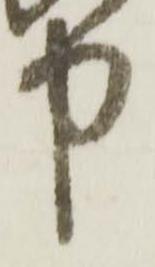
中